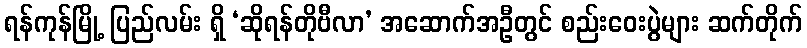
ရန်ကုန်မြို့ ပြည်လမ်း ရှိ ‘ဆိုရန်တိုဗီလာ’ အဆောက်အဦတွင် စည်းဝေးပွဲများ ဆက်တိုက်